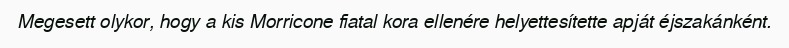
Megesett olykor, hogy a kis Morricone fiatal kora ellenére helyettesítette apját éjszakánként.